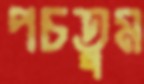
পচতুম